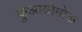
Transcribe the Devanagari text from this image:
कुआव्तेमोक